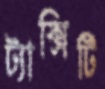
ট্যাক্সিটি